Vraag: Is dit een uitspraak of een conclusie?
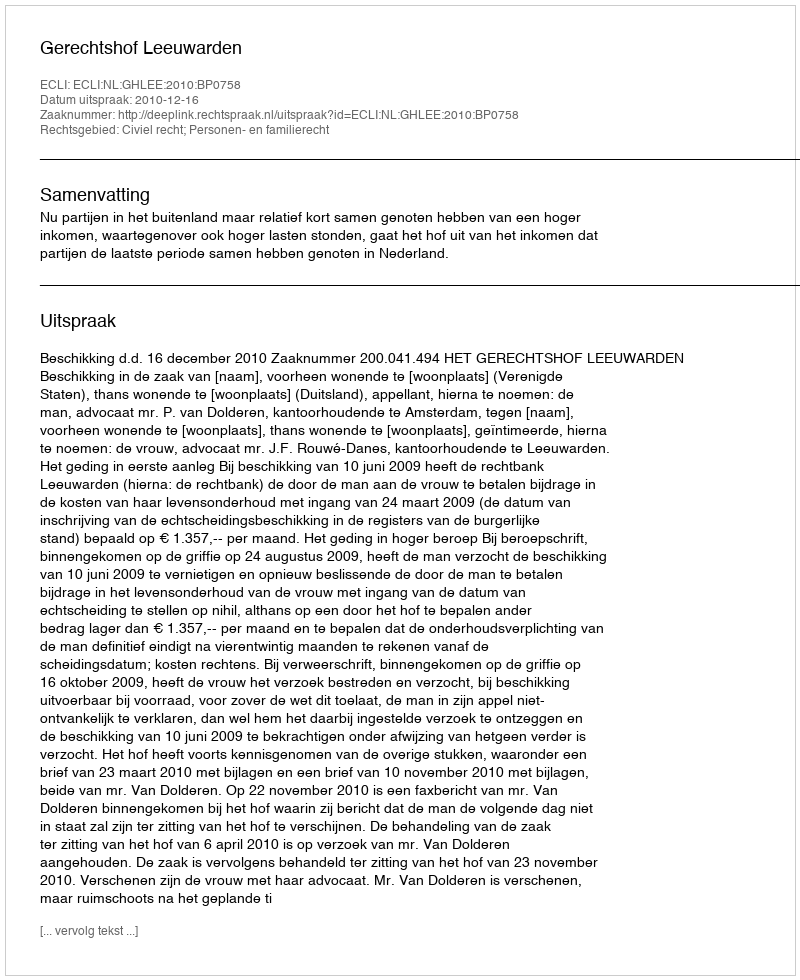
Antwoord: Uitspraak